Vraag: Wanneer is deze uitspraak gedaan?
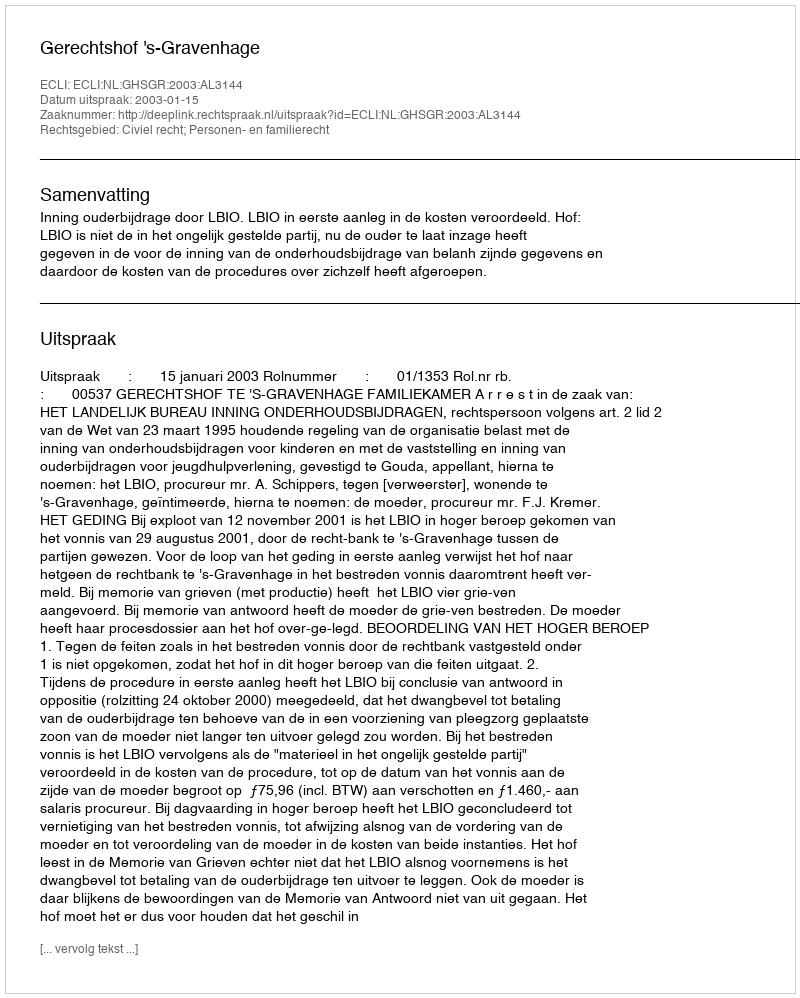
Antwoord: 2003-01-15